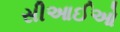
સીઆઈઓ